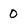
Character: 0